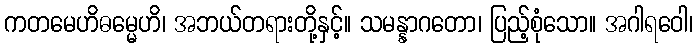
ကတမေဟိဓမ္မေဟိ၊ အဘယ်တရားတို့နှင့်။ သမန္နာဂတော၊ ပြည့်စုံသော။ အဂါရဝေါ၊